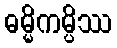
ဓမ္မိကမ္ပိဿ